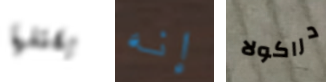
يقتلها إنه دراكولا